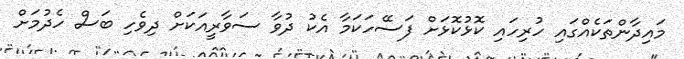
މައިދާންތަކެއްގައި ހުރިހައި ކޮޅުކޮޅަށް ފަސޭހަކަމާ އެކު ދުވާ ސަވާރީއަކަށް ދިވެހި ބަސް ހެދުމަށް